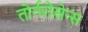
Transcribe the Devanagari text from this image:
तोर्नरोसेन्स